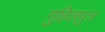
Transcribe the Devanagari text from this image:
गुहिलपुत्र